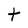
Character: t